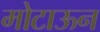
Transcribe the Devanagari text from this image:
मोटाऊन